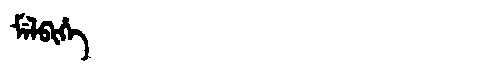
Manchu: ᠮᡝᠯᠪᡳᡥᡝ
Romanization: MELBIHE